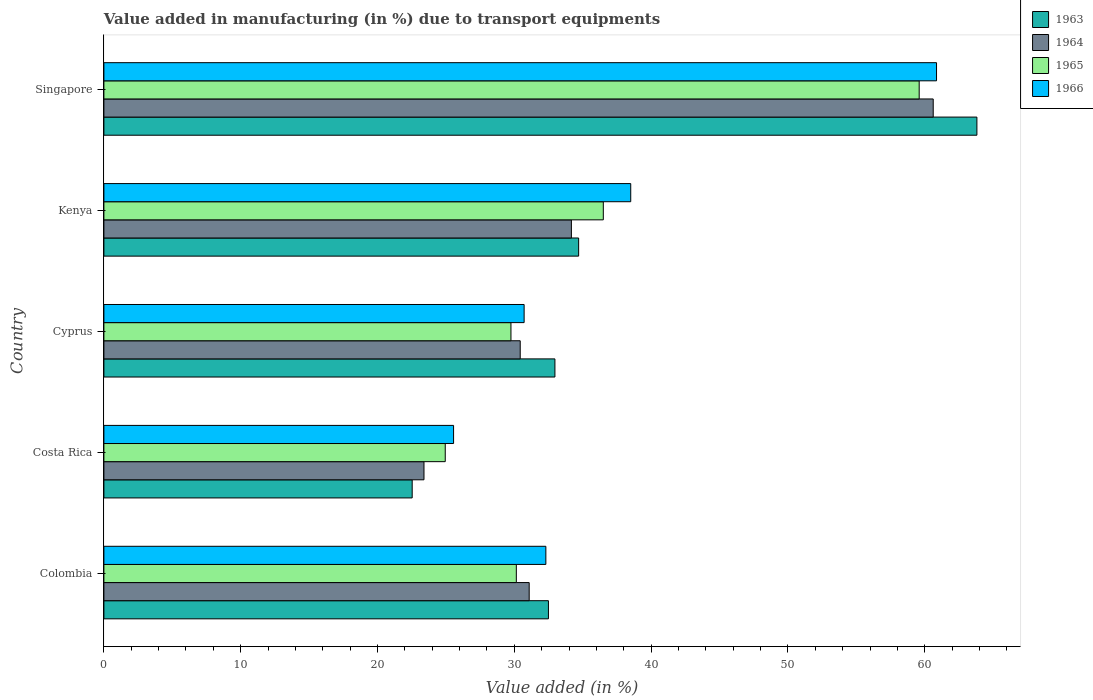
| Country | 1963 | 1964 | 1965 | 1966 |
 | --- | --- | --- | --- | --- |
 | Colombia | 32.5 | 31.1 | 30.1 | 32.3 |
 | Costa Rica | 22.5 | 23.4 | 25 | 25.6 |
 | Cyprus | 33 | 30.4 | 29.8 | 30.7 |
 | Kenya | 34.7 | 34.2 | 36.5 | 38.5 |
 | Singapore | 63.8 | 60.6 | 59.6 | 60.9 |